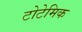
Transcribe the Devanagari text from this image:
टोटेमिक